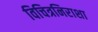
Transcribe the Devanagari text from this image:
विचित्रनिराशा